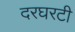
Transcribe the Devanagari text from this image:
दरघरटी